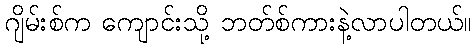
ဂျိမ်းစ်က ကျောင်းသို့ ဘတ်စ်ကားနဲ့လာပါတယ်။